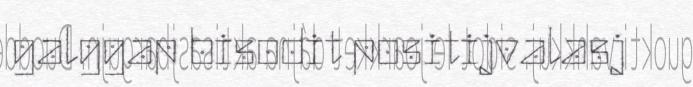
galggap bisodit positijvalasj